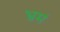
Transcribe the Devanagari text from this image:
भ्रमं